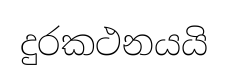
දුරකථනයයි